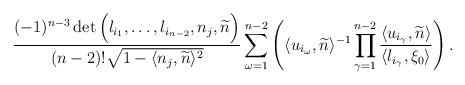
LaTeX: \begin{align*}\frac{ (-1)^{n-3} \det\Big( l_{i_1}, \ldots , l_{i_{n-2}}, n_j, \widetilde{n} \Big) }{ (n-2)! \sqrt{ 1 - \langle n_j,\widetilde{n}\rangle^2 } } \sum_{\omega =1}^{n-2} \left( \langle u_{i_\omega}, \widetilde{n}\rangle^{-1}\prod_{\gamma = 1}^{n-2} \frac{ \langle u_{i_\gamma}, \widetilde{n} \rangle }{ \langle l_{i_\gamma}, \xi_0 \rangle } \right) .\end{align*}